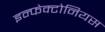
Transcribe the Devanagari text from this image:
इन्फेक्टोनियस